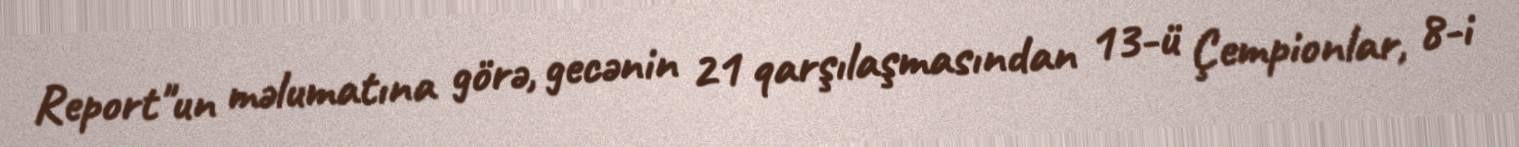
Report"un məlumatına görə, gecənin 21 qarşılaşmasından 13-ü Çempionlar, 8-i